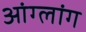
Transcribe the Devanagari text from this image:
आंग्लांग